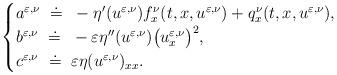
LaTeX: \begin{align*} \begin{cases} a^{\varepsilon,\nu}~\doteq~ -\eta'(u^{\varepsilon,\nu})f_{x}^{\nu}(t,x,u^{\varepsilon,\nu})+ q_{x}^{\nu}(t,x,u^{\varepsilon,\nu}),\\ b^{\varepsilon,\nu}~\doteq~-\varepsilon \eta''(u^{\varepsilon,\nu})\bigl(u^{\varepsilon,\nu}_{x}\bigr)^2,\\ c^{\varepsilon,\nu}~\doteq~\varepsilon\eta(u^{\varepsilon,\nu})_{xx}. \end{cases}\end{align*}